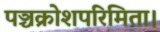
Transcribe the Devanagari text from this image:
पञ्चक्रोशपरिमिता।